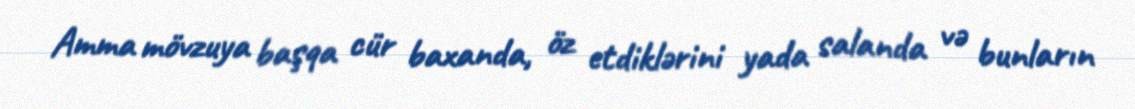
Amma mövzuya başqa cür baxanda, öz etdiklərini yada salanda və bunların